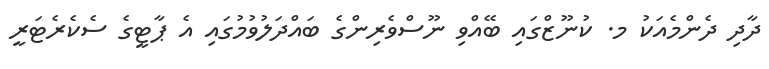
ދާދި ދެންމެއަކު މ. ކުނޫޒްގައި ބޭއްވި ނޫސްވެރިންގެ ބައްދަލުވުމުގައި އެ ޕާޓީގެ ސެކެރެޓަރީ